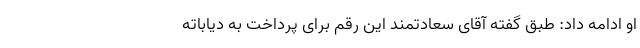
او ادامه داد: طبق گفته آقای سعادتمند این رقم برای پرداخت به دیاباته